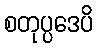
စတုပ္ပဒေပိ